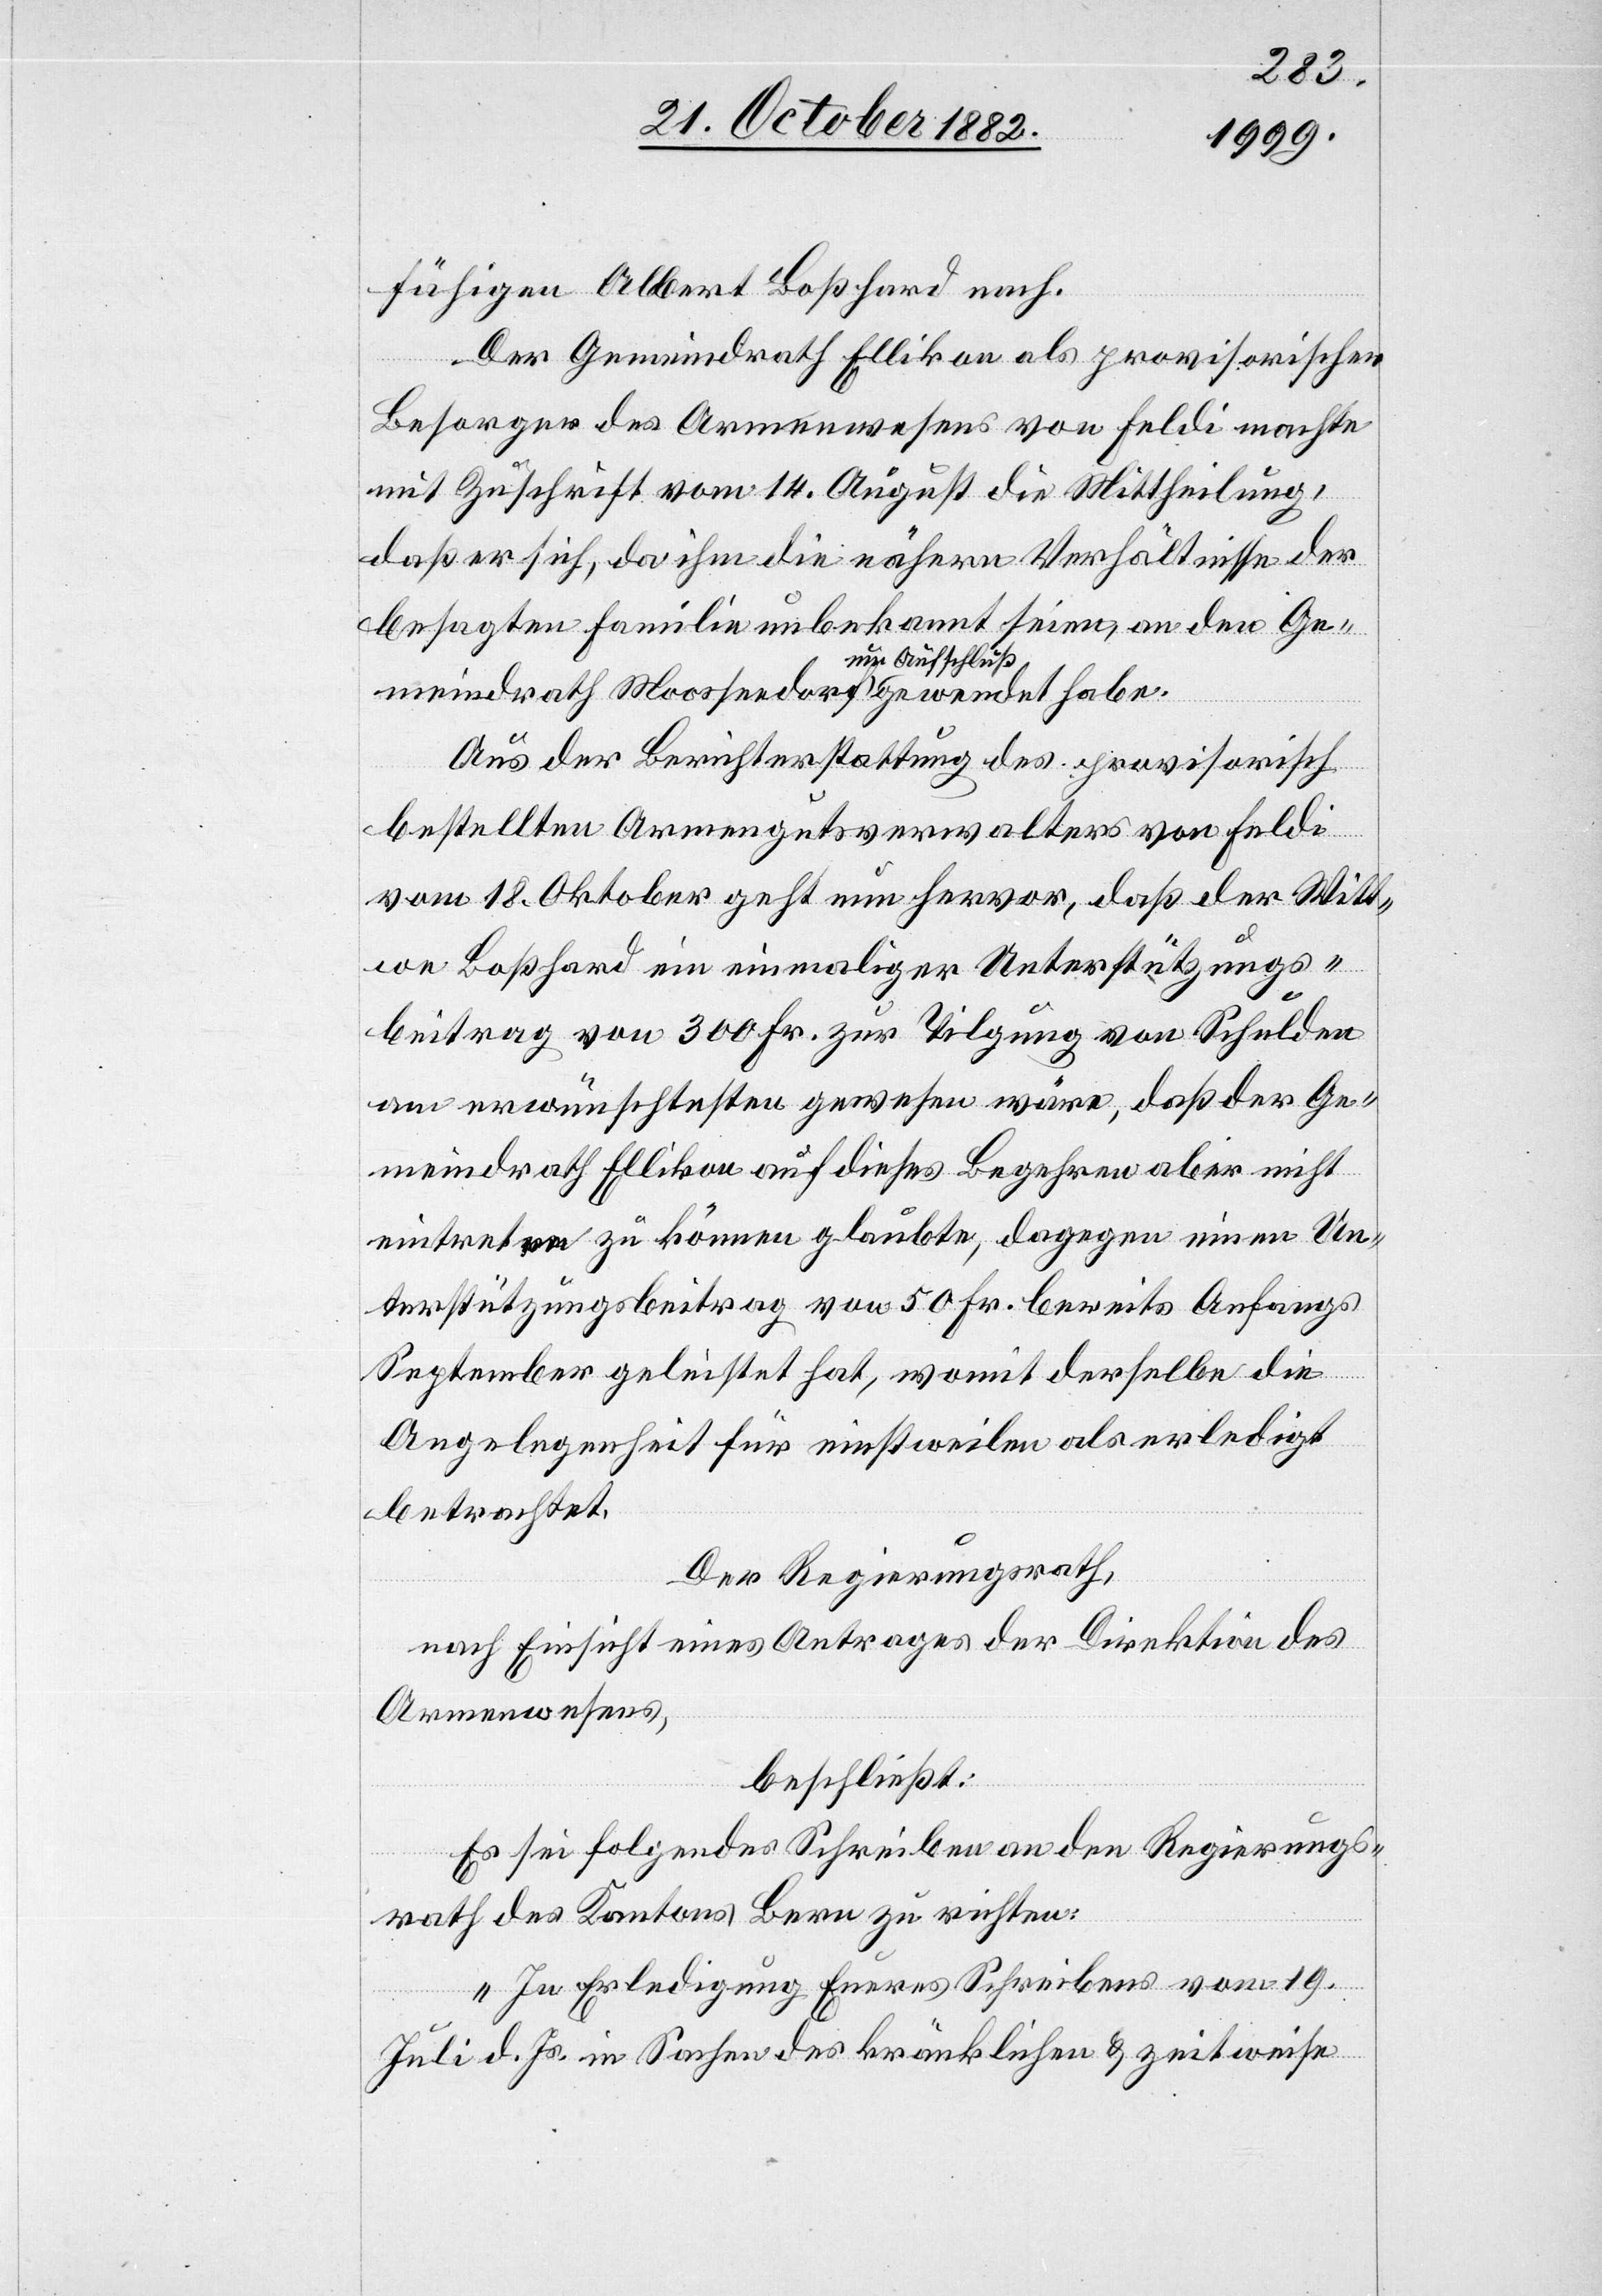
fähigen Albert Boßhard nach.
Der Gemeindrath Ellikon als provisorischen
Besorger des Armenwesens von Feldi machte
mit Zuschrift vom 14. August die Mittheilung,
daß er sich, da ihm die nähern Verhältnisse der
besagten Familie unbekannt seien, an den Ge¬
meindrath Moosseedorf um Aufschluß gewendet habe.
Aus der Berichterstattung des provisorisch
bestellten Armengutsverwalters von Feldi
vom 18. Oktober geht nun hervor, daß der Witt¬
we Boßhard ein einmaliger Unterstützungs¬
beitrag von 300 Fr. zur Tilgung von Schulden
am erwünschtesten gewesen wäre, daß der Ge¬
meindrath Ellikon auf dieses Begehren aber nicht
eintreten zu können glaubte, dagegen einen Un¬
terstützungsbeitrag von 50 Fr. bereits Anfangs
September geleistet hat, womit derselbe die
Angelegenheit für einstweilen als erledigt
betrachtet.
Der Regierungsrath,
nach Einsicht eines Antrages der Direktion des
Armenwesens,
beschließt:
Es sei folgendes Schreiben an den Regierungs¬
rath des Kantons Bern zu richten:
„In Erledigung Eures Schreibens vom 19.
Juli d. Js. in Sachen des kränklichen & zeitweise